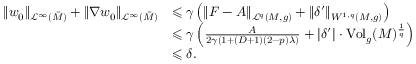
\begin{array} { r l } { \lVert w _ { 0 } \rVert _ { \mathcal L ^ { \infty } ( \bar { M } ) } + \lVert \nabla w _ { 0 } \rVert _ { \mathcal L ^ { \infty } ( \bar { M } ) } } & { \leqslant \gamma \left( \lVert F - A \rVert _ { \mathcal L ^ { q } ( M , g ) } + \lVert \delta ^ { \prime } \rVert _ { W ^ { 1 , q } ( M , g ) } \right) } \\ & { \leqslant \gamma \left( \frac { A } { 2 \gamma \left( 1 + ( D + 1 ) ( 2 - p ) \lambda \right) } + \lvert \delta ^ { \prime } \rvert \cdot \mathrm { V o l } _ { g } ( M ) ^ { \frac { 1 } { q } } \right) } \\ & { \leqslant \delta . } \end{array}